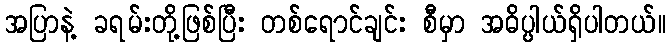
အပြာနဲ့ ခရမ်းတို့ဖြစ်ပြီး တစ်ရောင်ချင်း စီမှာ အဓိပ္ပါယ်ရှိပါတယ်။